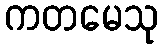
ကတမေသု